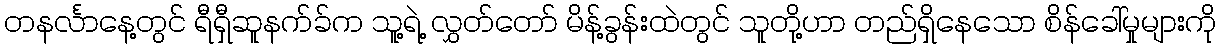
တနင်္လာနေ့တွင် ရီရှီဆူနက်ခ်က သူ့ရဲ့ လွှတ်တော် မိန့်ခွန်းထဲတွင် သူတို့ဟာ တည်ရှိနေသော စိန်ခေါ်မှုများကို